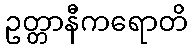
ဥတ္တာနီကရောတိ